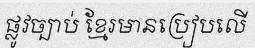
ផ្លូវច្បាប់ ខ្មែរមានប្រៀបលើ